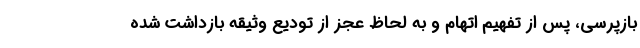
بازپرسی، پس از تفهیم اتهام و به لحاظ عجز از تودیع وثیقه بازداشت شده